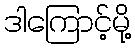
ဒါကြောင့်မို့